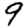
Digit: 9